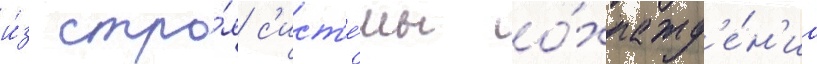
и́з стро́я с'ист'е́мы охлажд'е́н'иа